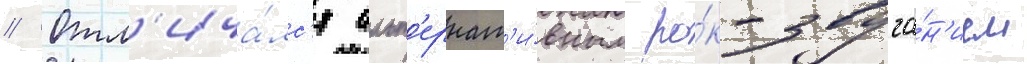
// Отл'ича́лс'я альт'ернат'и́вным ро́к-звуча́н'ием